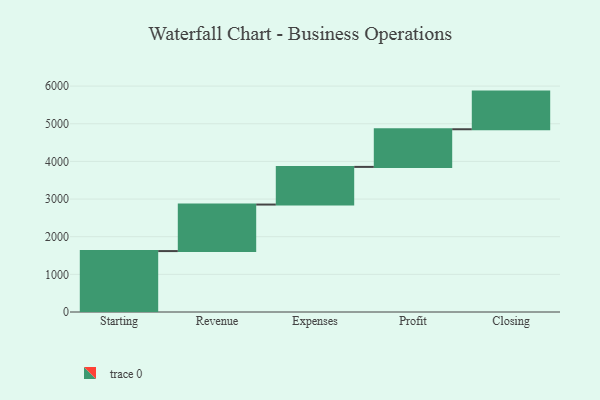
{"axis": {"x": "Step", "y": "Value"}, "legend": [""], "data": [{"x": "Starting", "y": 1618.0, "type": ""}, {"x": "Revenue", "y": 1236.0, "type": ""}, {"x": "Expenses", "y": 1000, "type": ""}, {"x": "Profit", "y": 1000, "type": ""}, {"x": "Closing", "y": 1000, "type": ""}]}